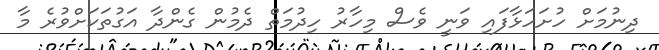
ދިނުމަށް ހުށަހަޅާފައި ވަނީ ވެސް މިހާރު ހިދުމަތް ދެމުން ގެންދާ އަގުތަކަށްވުރެ މާ